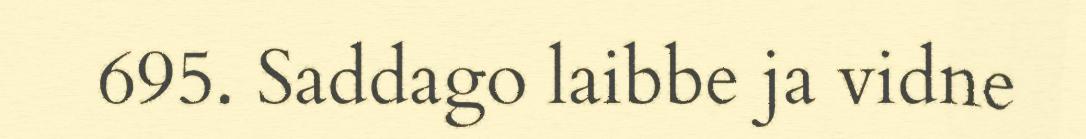
695. Saddago laibbe ja vidne